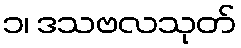
၁၊ ဒသဗလသုတ်